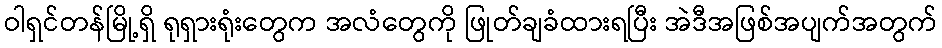
ဝါရှင်တန်မြို့ရှိ ရုရှားရုံးတွေက အလံတွေကို ဖြုတ်ချခံထားရပြီး အဲဒီအဖြစ်အပျက်အတွက်